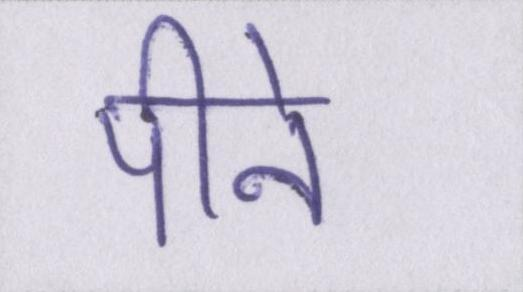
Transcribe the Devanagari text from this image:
पीने